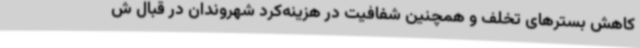
کاهش بسترهای تخلف و همچنین شفافیت در هزینه‌کرد شهروندان در قبال ش